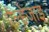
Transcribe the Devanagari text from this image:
ऐल्हेजाइ